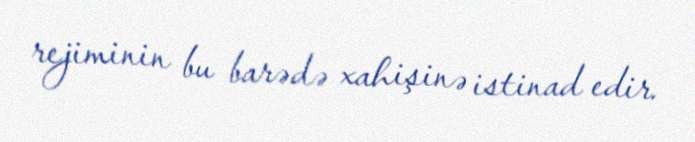
rejiminin bu barədə xahişinə istinad edir.